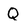
Character: Q